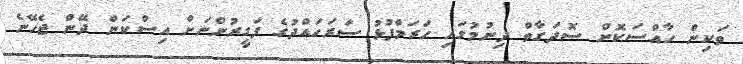
ވަކިން ހާއްސަކޮށް ސޮދަގާތް ދިނުމުގައި ހަރަމްފުޅު ސަރަހައްދުގެ ފަގީރުންނަށް އިސްކަން ދޭން ޖެހޭނެ